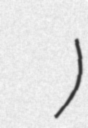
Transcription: Παναγιώτης Πελεκούδας)